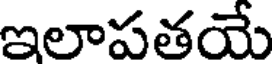
ఇలాపతయే